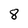
Character: 8